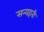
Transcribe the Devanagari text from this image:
सन्वहनी